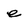
Character: e